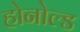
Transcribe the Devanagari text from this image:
होनोल्ड